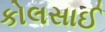
કોલસાઈ